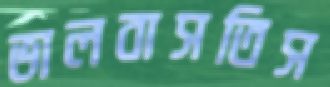
ভালবাসতিস